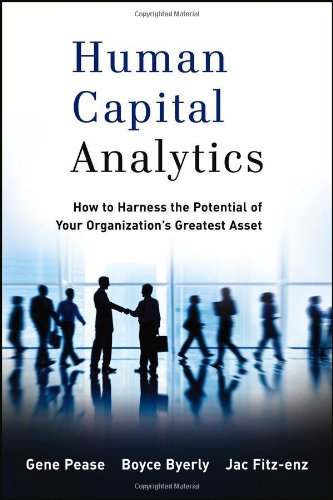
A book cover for Human Capital Analytics: How to Harness the Potential of Your Organization's Greatest Asset; Gene Pease; Business & Money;